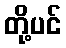
တို့ပင်